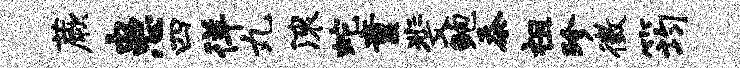
蕨患四徉丸滚蛇童斐鲍忝祖珍徵筠